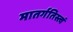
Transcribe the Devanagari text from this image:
मातर्गतिस्त्वं